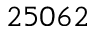
2 5 0 6 2